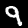
Digit: 9